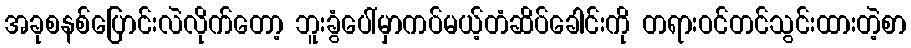
အခုစနစ်ပြောင်းလဲလိုက်တော့ ဘူးခွံပေါ်မှာကပ်မယ့်တံဆိပ်ခေါင်းကို တရားဝင်တင်သွင်းထားတဲ့စာ